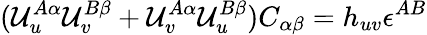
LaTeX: ({\cal U}_{u}^{A\alpha}{\cal U}_{v}^{B\beta}+{\cal U}_{v}^{A\alpha}{\cal U}_{u}^{B\beta})C_{\alpha\beta}=h_{uv}\epsilon^{AB}